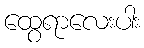
ထွေရာလေးပါး